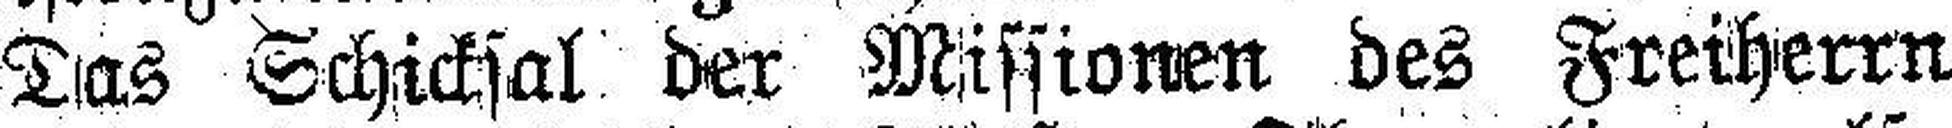
Das Schichsal der Missionen des Freiherrn